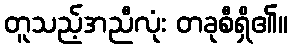
တူသည့်အညီလုံး တခုစီရှိ၏။